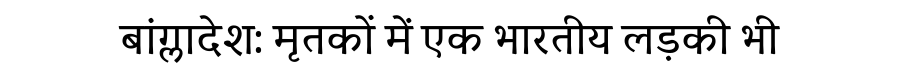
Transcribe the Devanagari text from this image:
बांग्लादेश: मृतकों में एक भारतीय लड़की भी